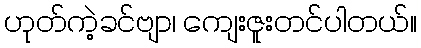
ဟုတ်ကဲ့ခင်ဗျာ၊ ကျေးဇူးတင်ပါတယ်။